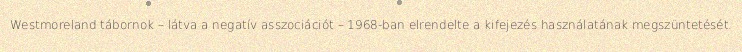
Westmoreland tábornok – látva a negatív asszociációt – 1968-ban elrendelte a kifejezés használatának megszüntetését.